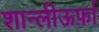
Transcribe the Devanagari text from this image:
शान्लीऊर्फ़ा